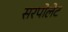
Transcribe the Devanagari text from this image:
सरपोलेट